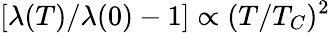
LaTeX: [\lambda(T)/\lambda(0)-1]\propto(T/T_{C})^{2}